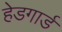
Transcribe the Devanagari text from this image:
हेडगार्ड